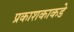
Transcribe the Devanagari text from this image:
प्रकाशकाकडे